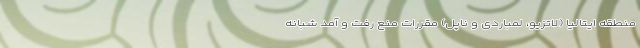
منطقه ایتالیا (لاتزیو، لمباردی و ناپل) مقررات منع رفت و آمد شبانه